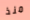
منذ